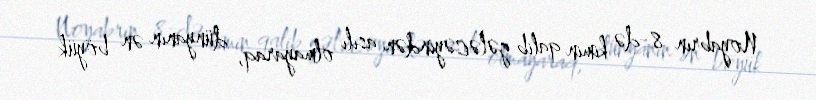
Noyabrın 8-də kimin qalib gələcəyindən asılı olmayaraq, dünyanın ən böyük